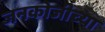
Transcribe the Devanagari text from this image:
जनकोजीच्या